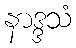
နာဒ္ဒသံ